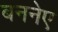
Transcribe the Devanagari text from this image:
बननेए